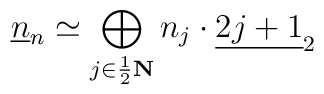
\underline{n}_n \simeq \bigoplus_{j \in \frac{1}{2}\bf N} n_j\cdot \underline{2j+1}_2